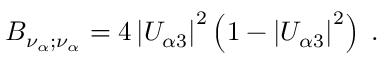
B _ { \nu _ { \alpha } ; \nu _ { \alpha } } = 4 \left| U _ { \alpha 3 } \right| ^ { 2 } \left( 1 - \left| U _ { \alpha 3 } \right| ^ { 2 } \right) \; .